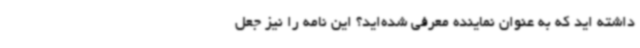
داشته اید که به عنوان نماینده معرفی شده‌اید؟ این نامه را نیز جعل